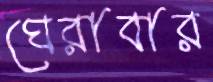
ঘেরাবার